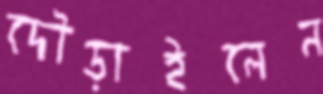
দৌড়াইলেন